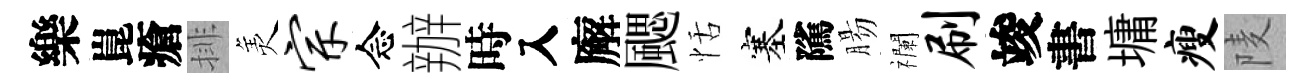
樂崑瘡排羙宗念辦時入廨颸恬塞隲腸襴刷竣書墉瘦𨹧